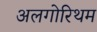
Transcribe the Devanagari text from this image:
अलगोरिथम